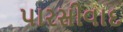
પારસીવાદ